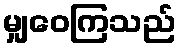
မျှဝေကြသည်